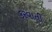
કરવાતી